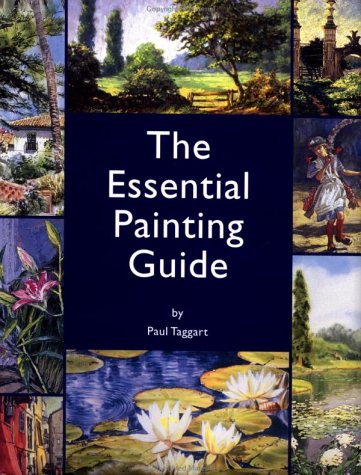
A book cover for The Essential Painting Guide: Art Workshop with Paul Taggart in Association with Popular Painting; Paul Taggart; Arts & Photography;